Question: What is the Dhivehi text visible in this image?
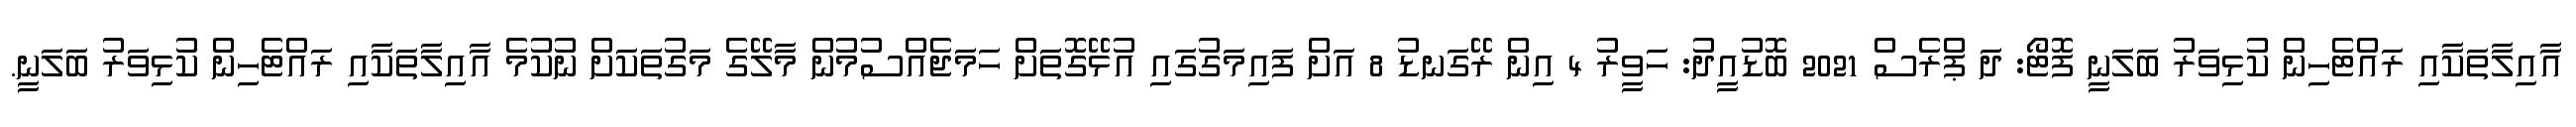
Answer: އާއިލާތަކާއި ރައްޓެހިން ކުޅިވަރު ބަލަނީ ފޮޓޯ: ދަ ޕްރެސް 2021 ބޮޑުއީދު: ހަވީރު 4 އިން ރޭގަނޑު 8 އަށް ފައިމަގުގައި އުޅޭގޮތަށް ހަމަޖެއްސުމުން މާލޭގެ މަގުތަކަށް ނުކުމެ އާއިލާތަކާއި ރައްޓެހިން ކުޅިވަރު ބަލަނީ.